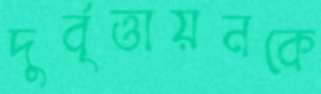
দুর্বৃত্তায়নকে